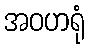
အဝဟရုံ